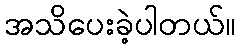
အသိပေးခဲ့ပါတယ်။